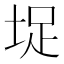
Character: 𭎣